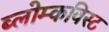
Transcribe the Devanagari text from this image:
ब्लोम्कविस्ट